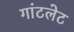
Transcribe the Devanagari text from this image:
गांटलेट